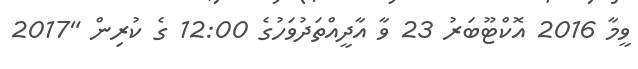
ވީމާ 2016 އޮކްޓޫބަރު 23 ވާ އާދީއްތަދުވަހުގެ 12:00 ގެ ކުރިން "2017